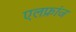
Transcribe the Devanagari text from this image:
एलफ्रांज